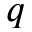
q